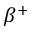
\beta ^ { + }